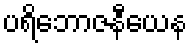
ပရိဘောဇနီယေန